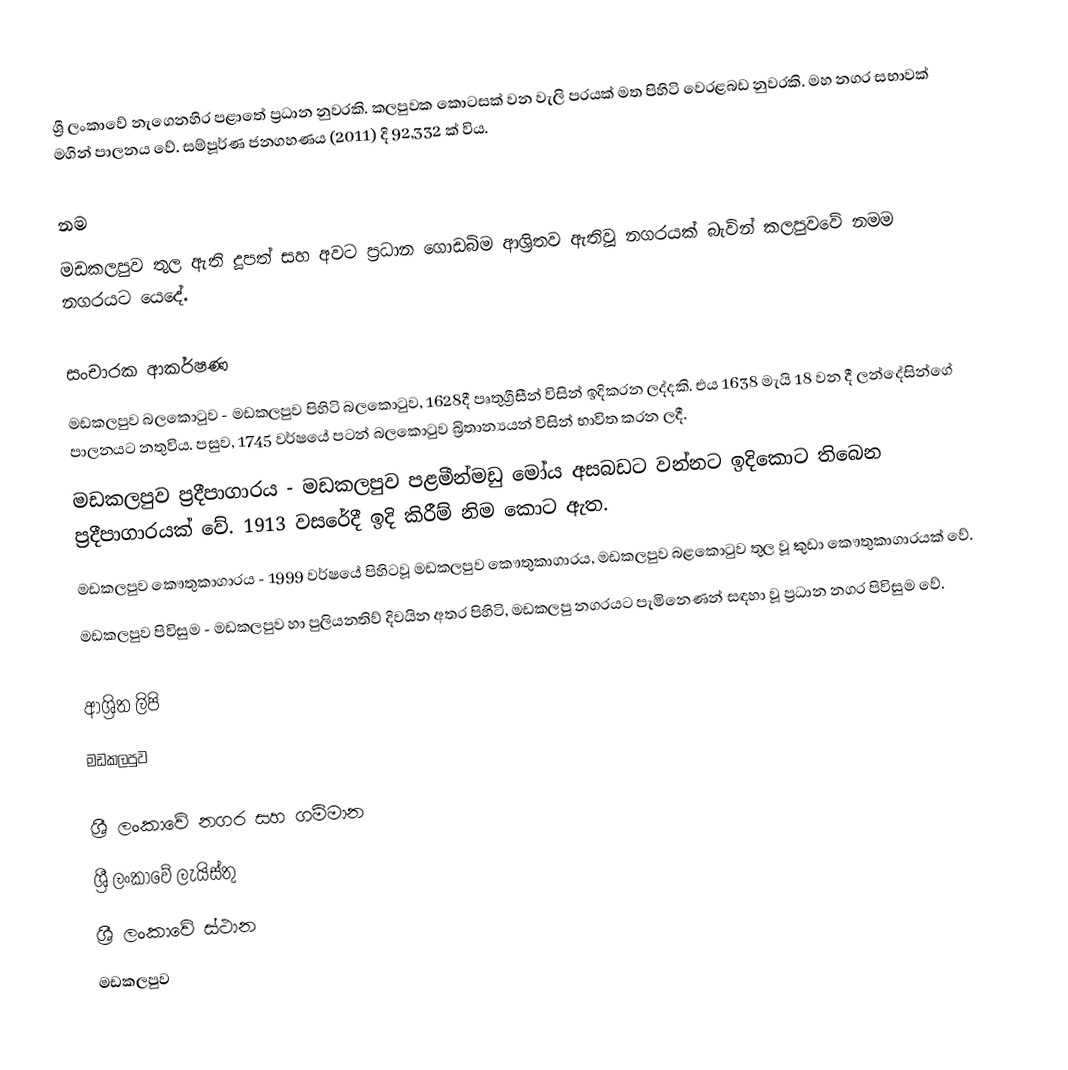
ශ්‍රී ලංකාවේ නැගෙනහිර පළාතේ ප්‍රධාන නුවරකි. කලපුවක කොටසක් වන වැලි පරයක් මත පිහිටි වෙරළබඩ නුවරකි. මහ නගර සභාවක් මගින් පාලනය වේ. සම්පූර්ණ ජනගහණය (2011) දි 92,332 ක් විය.

නම
මඩකලපුව තුල ඇති දූපත් සහ අවට ප්‍රධාන ගොඩබිම ආශ්‍රිතව ඇතිවූ නගරයක් බැවින්  කලපුවවේ නමම නගරයට යෙදේ.

සංචාරක ආකර්ෂණ
මඩකලපුව බලකොටුව - මඩකලපුව පිහිටි බලකොටුව, 1628දී පෘතුග්‍රීසීන් විසින් ඉදිකරන ලද්දකි. එය 1638 මැයි 18 වන දී ලන්දේසින්ගේ පාලනයට නතුවිය. පසුව, 1745 වර්ෂයේ පටන් බලකොටුව බ්‍රිතාන්‍යයන් විසින් භාවිත කරන ලදී.
මඩකලපුව ප්‍රදීපාගාරය - මඩකලපුව පළමීන්මඩු මෝය අසබඩට වන්නට ඉදිකොට තිබෙන ප්‍රදීපාගාරයක් වේ. 1913 වසරේදී ඉදි කිරීම් නිම කොට ඇත.
මඩකලපුව කෞතුකාගාරය - 1999 වර්ෂයේ පිහිටවූ මඩකලපුව කෞතුකාගාරය, මඩකලපුව බළකොටුව තුල වූ කුඩා කෞතුකාගාරයක් වේ.
මඩකලපුව පිවිසුම -  මඩකලපුව හා පුලියනතිව් දිවයින අතර පිහිටි, මඩකලපු නගරයට පැමිනෙණන් සඳහා වූ ප්‍රධාන නගර පිවිසුම වේ.

ආශ්‍රිත ලිපි
 මඩකලපුව

ශ්‍රී ලංකාවේ නගර සහ ගම්මාන
ශ්‍රී ලංකාවේ ලැයිස්තු
ශ්‍රී ලංකාවේ ස්ථාන
මඩකලපුව